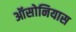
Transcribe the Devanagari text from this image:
ऑसोनियास